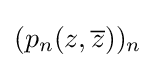
(p_{n}(z,{\overline {z}}))_{n}